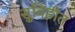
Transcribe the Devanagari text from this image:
सुविहीत